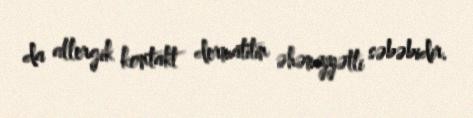
da allergik kontakt dermatitin əhəmiyyətli səbəbidir.